Vaccine operations Central Provinces 1868-1885 - 1868-1885
Year: 1868
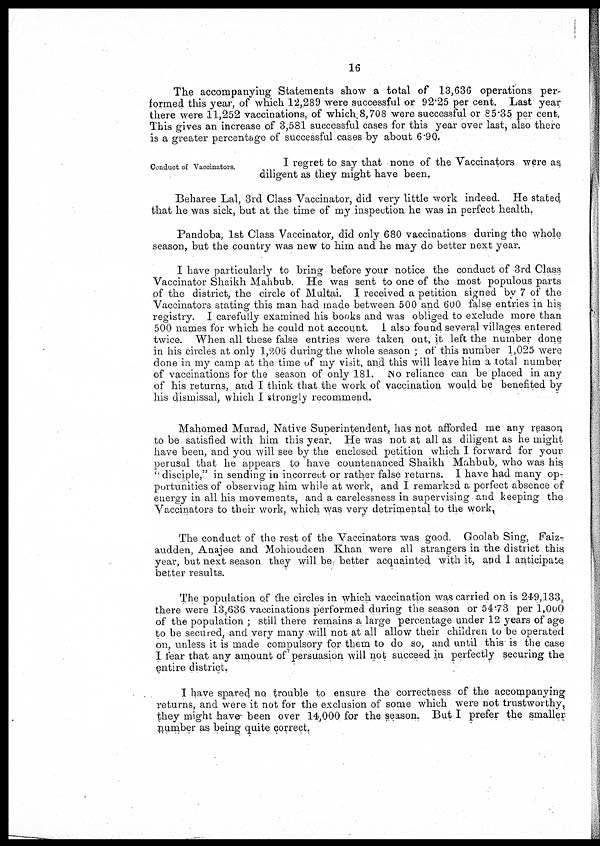
16
The accompanying Statements show a total of 13,636 operations per-
formed this year, of which 12,289 were successful or 92.25 per cent. Last year
there were 11,252 vaccinations, of which.8,708 were successful or 85.35 per cent,
This gives an increase of 3,581 successful cases for this year over last, also there
is a greater percentage of successful cases by about 6.90.
Conduct of Vaccinators.
I regret to say that none of the Vaccinators were as,
diligent as they might have been,
Beharee Lal, 3rd Class Vaccinator, did very little work indeed. He stated
that he was sick, but at the time of my inspection he was in perfect health.
Pandoba, 1st Class Vaccinator, did only 680 vaccinations during the whole
season, but the country was new to him and he may do better next year.
I have particularly to bring before your notice the conduct of 3rd Class
Vaccinator Shaikh Mahbub. He was sent to one of the most populous parts
of the district, the circle of Multai. I received a petition signed by 7 of the
Vaccinators stating this man had made between 500 and 600 false entries in his
registry. I carefully examined his books and was obliged to exclude more than
500 names for which he could not account. I also found several villages entered
twice. When all these false entries were taken out, it left the number done
in his circles at only 1,206 during the whole season ; of this number 1,025 were
done in my camp at the time of my visit, and this will leave him a total number
of vaccinations for the season of only 181. No reliance can be placed in any
of his returns, and I think that the work of vaccination would be benefited by
his dismissal, which I strongly recommend.
Mahomed Murad, Native Superintendent, has not afforded me any reason,
to be satisfied with him this year. He was not at all as diligent as he might
have been, and you will see by the enclosed petition which I forward for your
perusal that he appears to have countenanced Shaikh Mahbub, who was his
"disciple," in sending in incorrect or rather false returns. I have had many op-
portunities of observing him while at work, and I remarked a perfect absence of
energy in all his movements, and a carelessness in supervising and keeping the
Vaccinators to their work, which was very detrimental to the work.
The conduct of the rest of the Vaccinators was good. Goolab Sing, Faiz-
audden, Anajee and Mohioudeen Khan were all strangers in the district this
year, but next season they will be better acquainted with it, and I anticipate
better results.
The population of the circles in which vaccination was carried on is 249,133,
there were 13,636 vaccinations performed during the season or 54.73 per 1,000
of the population ; still there remains a large percentage under 12 years of age
to be secured, and very many will not at all allow their children to be operated
on, unless it is made compulsory for them to do so, and until this is the case
I fear that any amount of persuasion will not succeed in perfectly securing the
entire district.
I have spared no trouble to ensure the correctness of the accompanying
returns, and were it not for the exclusion of some which were not trustworthy,
they might have been over 14,000 for the season. But I prefer the smaller
number as being quite correct.